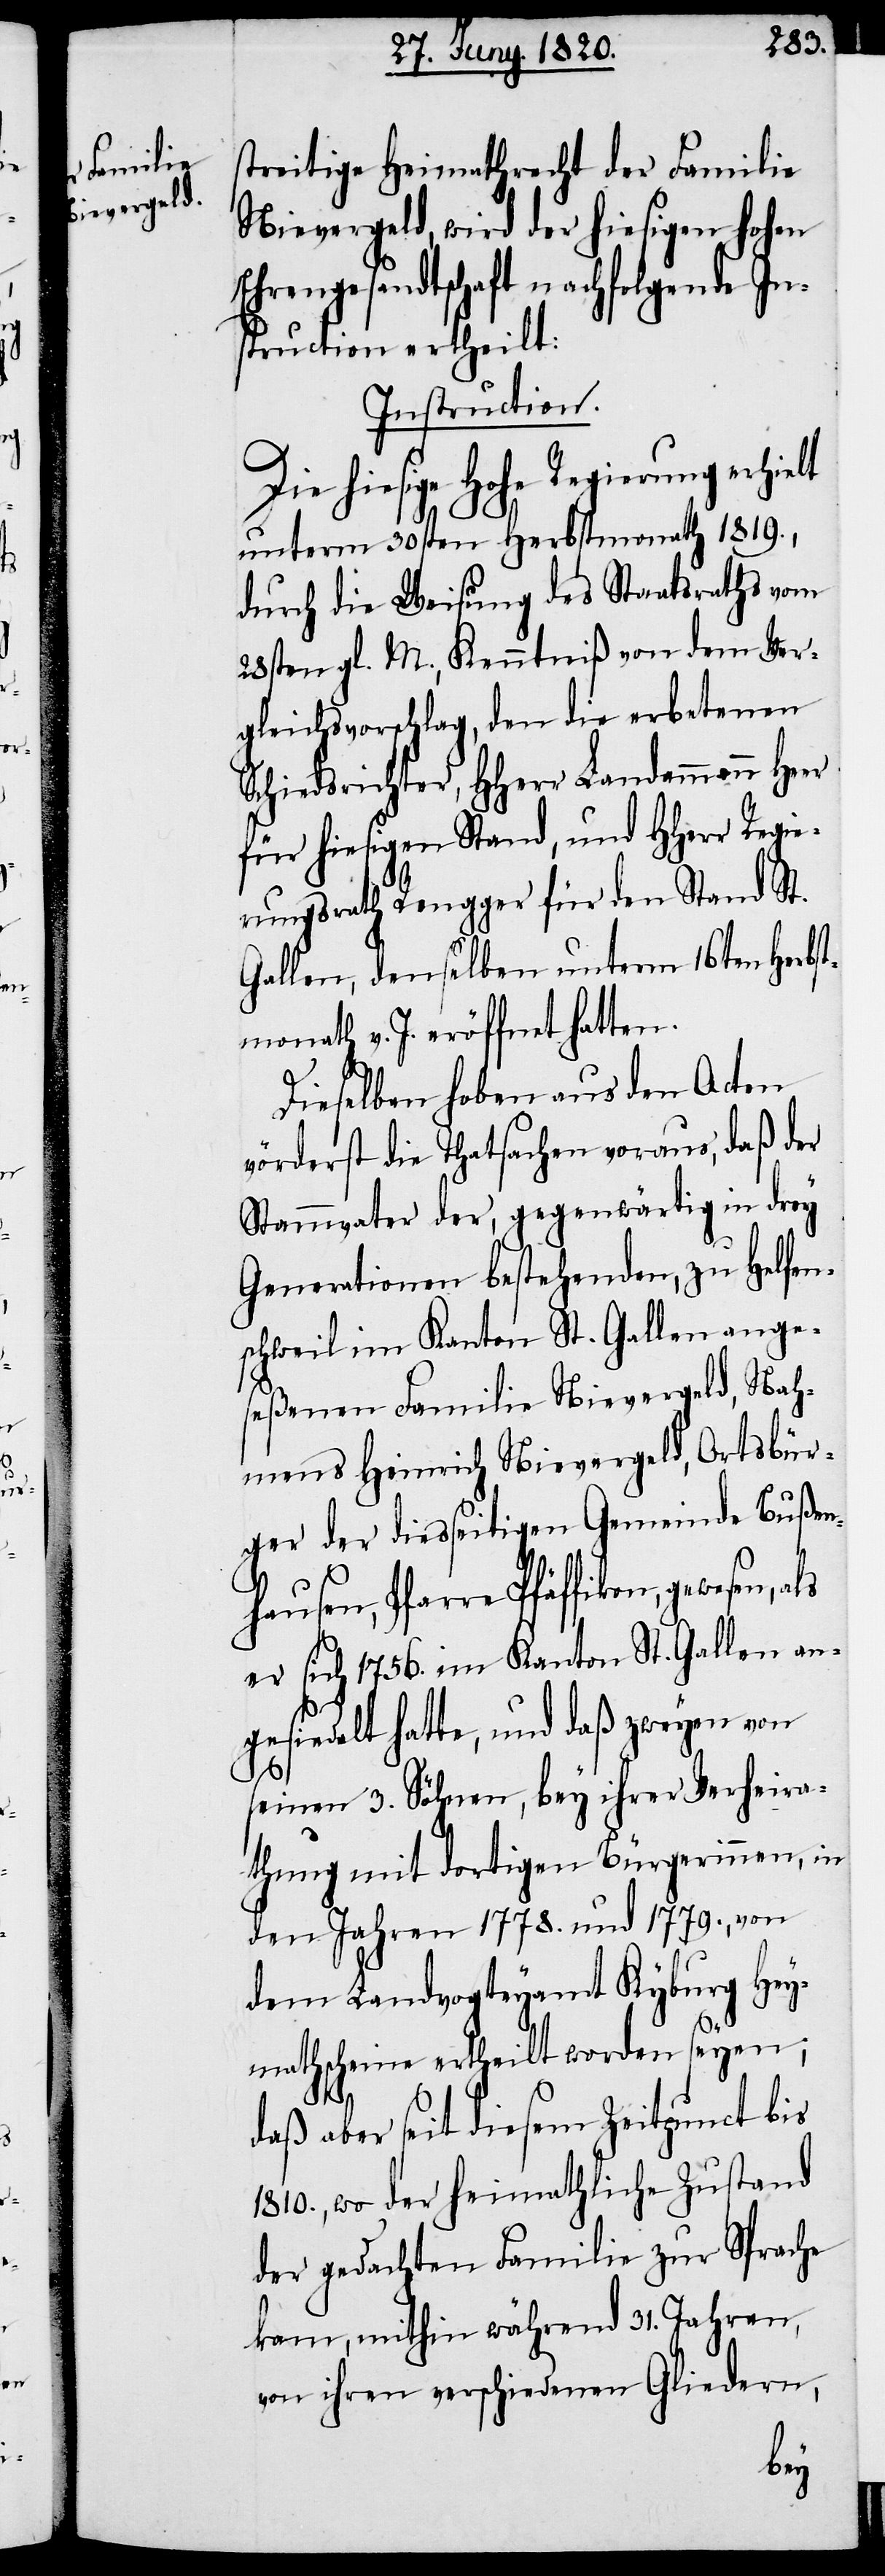
streitige Heimathrecht der Familie
Nievergeld, wird der hiesigen hohen
Ehrengesandtschaft nachfolgende In¬
struction ertheilt:
Instruction.
Die hiesige hohe Regierung
unterm 30sten Herbstmonath 1819.,
durch die Weisung des Staatsraths vom
28sten gl. M., Kenntniß von dem Ver¬
gleichsvorschlag, den die erbetenen
Schiedsrichter, HHerr Landammann Heer
für hiesigen Stand, und HHerr Regie¬
rungsrath Rengger für den Stand St.
Gallen, denselben unterm 16ten Herbs¬
tmonath v. J. eröffnet hatten.
Dieselben haben aus den Acten
vörderst die Thatsachen voraus, daß der
Stammvater der, gegenwärtig in drey
Generationen bestehenden, zu Helfen¬
schweil im Kanton St. Gallen ange¬
seßenen Familie Nievergeld, nah¬
mens Heinrich Nievergeld, Ortsbür¬
ger der diesseitigen Gemeinde Bußen¬
hausen, Pfarre Pfäffikon, gewesen,
er sich 1756. im Kanton St. Gallen an¬
gesiedelt hatte, und daß zweyen von
seinen 3. Söhnen, bey ihrer Verheira¬
thung mit dortigen Bürgerinnen, in
den Jahren 1778. und 1779., von
dem Landvogteyamt Kyburg Hey¬
mathscheine ertheilt worden seyen;
daß aber seit diesem Zeitpunct bis
1810., wo der heimathliche Zustand
der gedachten Familie zur Sprache
kam, mithin während 31. Jahren,
von ihren verschiedenen Gliedern,